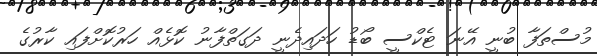
މުސްތަފާ ބުނީ އޭނަ ޓެކްސީ ބޯޑު ހަދައިދެނީ ދަގަތްފާނު ކޮޅެއް ހަރުކޮށްފައި ކާރުގެ